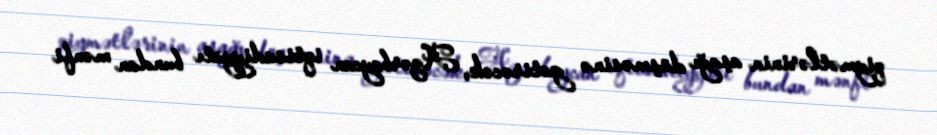
qiymətlərinin aşağı düşməsinə gətirəcək, Azərbaycan iqtisadiyyatı bundan mənfi